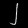
Digit: ၂